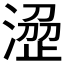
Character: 𣹣